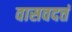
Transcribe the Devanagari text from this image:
वासवदत्तं